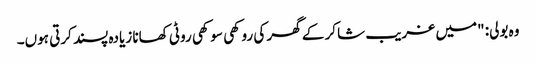
وہ بولی: "میں غریب شاکر کے گھر کی روکھی سوکھی روٹی کھانا زیادہ پسند کرتی ہوں۔